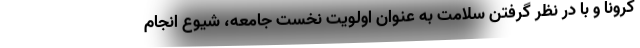
کرونا و با در نظر گرفتن سلامت به عنوان اولویت نخست جامعه، شیوع انجام